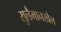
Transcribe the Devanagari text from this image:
सुलैमानखैल